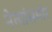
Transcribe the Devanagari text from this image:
नेत्यांसमोर